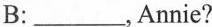
B:___,Annie?